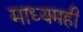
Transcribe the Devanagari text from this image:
माध्यमही